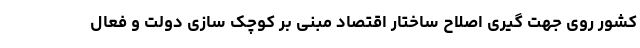
کشور روی جهت گیری اصلاح ساختار اقتصاد مبنی بر کوچک سازی دولت و فعال